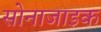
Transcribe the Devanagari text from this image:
सोनाजाइक